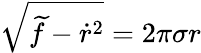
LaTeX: \sqrt{\widetilde f-\dot{r}^{2}}=2\pi\sigma r